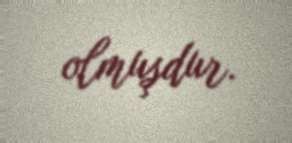
olmuşdur.